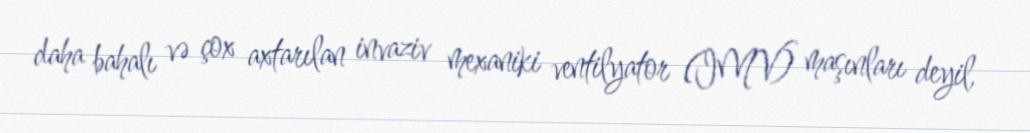
daha bahalı və çox axtarılan invaziv mexaniki ventilyator (IMV) maşınları deyil,